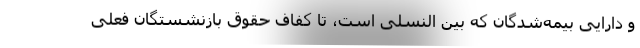
و دارایی بیمه‌شدگان که بین النسلی است، تا کفاف حقوق بازنشستگان فعلی